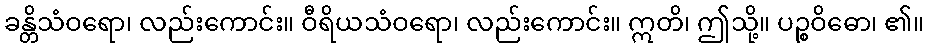
ခန္တိသံဝရော၊ လည်းကောင်း။ ဝီရိယသံဝရော၊ လည်းကောင်း။ ဣတိ၊ ဤသို့။ ပဉ္စဝိဓော၊ ၏။